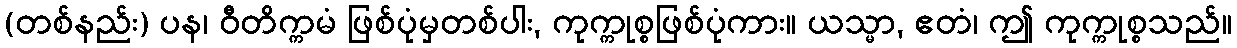
(တစ်နည်း) ပန၊ ဝီတိက္ကမံ ဖြစ်ပုံမှတစ်ပါး, ကုက္ကုစ္စဖြစ်ပုံကား။ ယသ္မာ, ဧတံ၊ ဤ ကုက္ကုစ္စသည်။